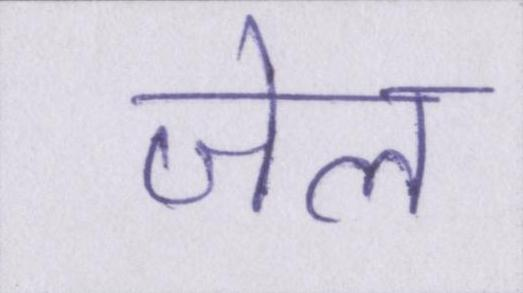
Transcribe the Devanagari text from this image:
जेल